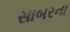
સાબરના